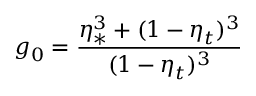
g _ { 0 } = \frac { \eta _ { \ast } ^ { 3 } + ( 1 - \eta _ { t } ) ^ { 3 } } { ( 1 - \eta _ { t } ) ^ { 3 } }